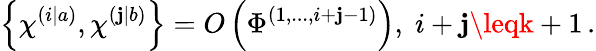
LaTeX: \left\{ \chi^{\left(i|a\right)},\chi^{\left(\mathbf{j}|b\right)}\right\} =O\left(\Phi^{\left(1,...,i+\mathbf{j}-1\right)}\right),\; i+\mathbf{j}\leqk+1\, .